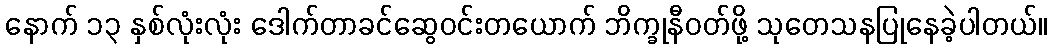
နောက် ၁၃ နှစ်လုံးလုံး ဒေါက်တာခင်ဆွေဝင်းတယောက် ဘိက္ခုနီဝတ်ဖို့ သုတေသနပြုနေခဲ့ပါတယ်။